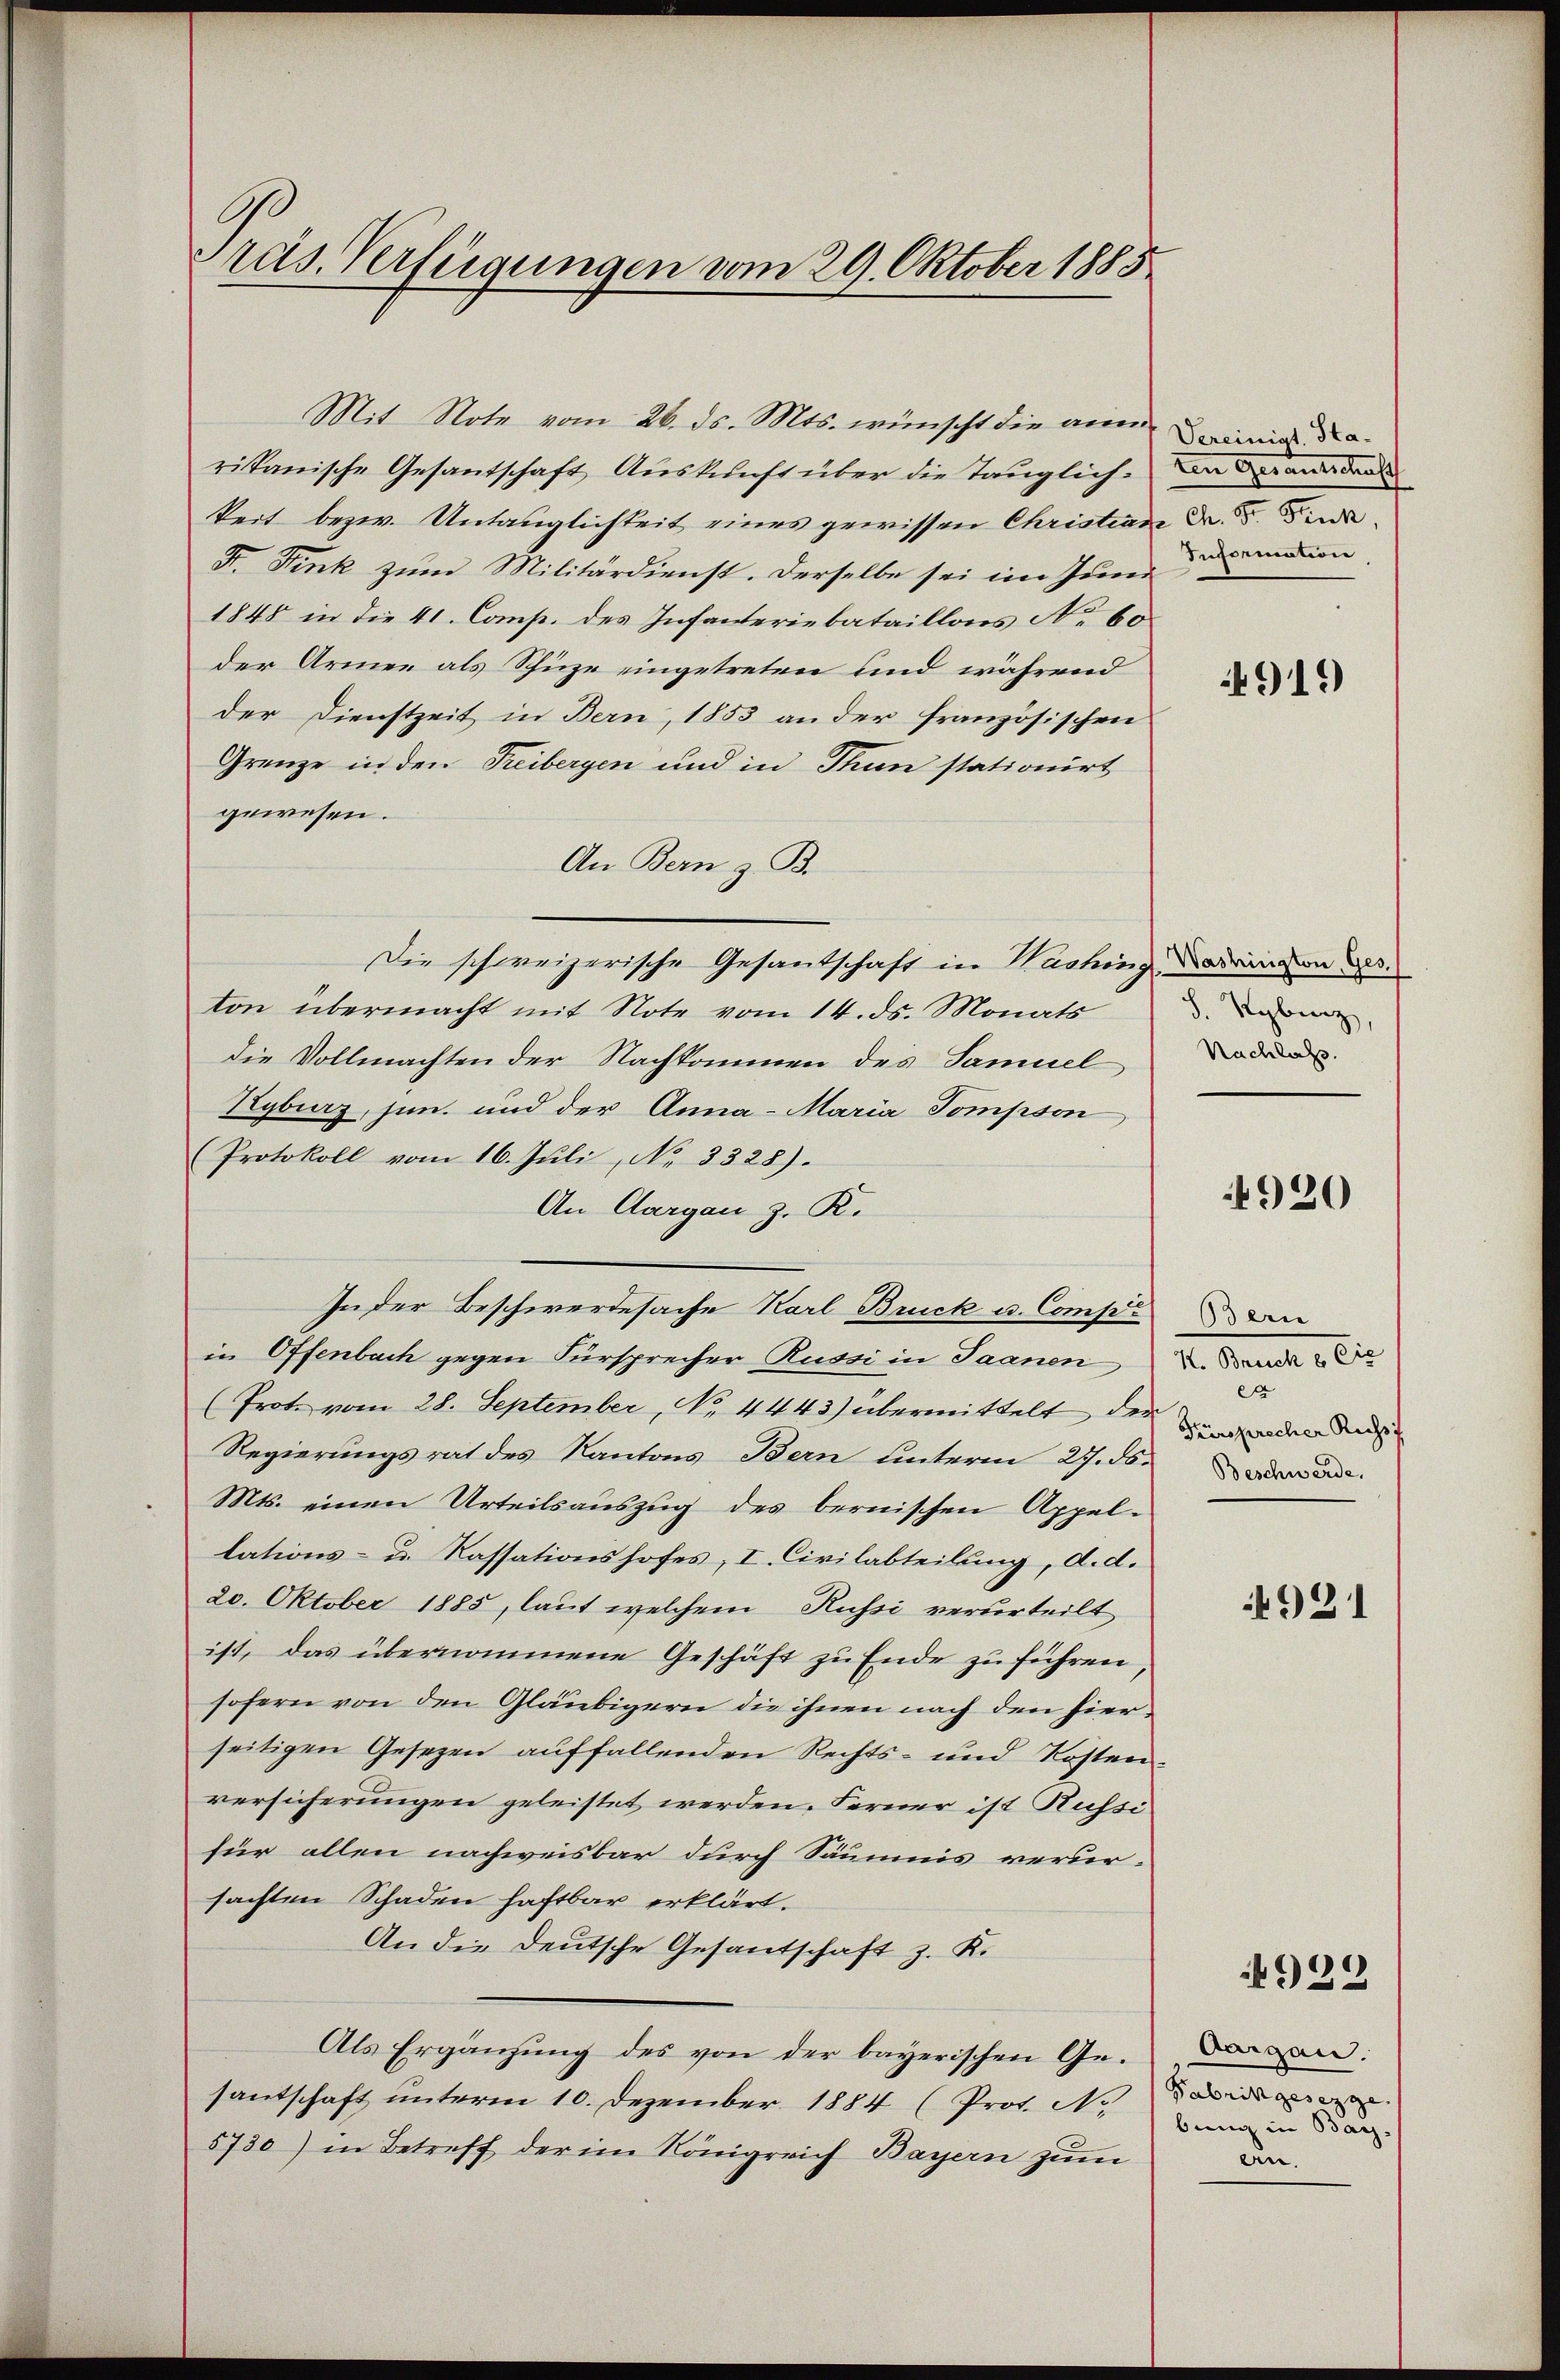
räs. Verfügungen vom 29. Oktober 1885

rikanische Gesantschaft Auskunft über die Tauglichkeit bezw. Untauglichkeit eines gewissen Christian Dr. S. Finde¬
F. Fink zum Militärdienst. Derselbe sei im Inner darin
1848 in die 41. Comp. des Infanteriebataillons No 60
der Armee als Schüze eingetreten und während
der Dienstzeit in Bern, 1853 an der französischen
Grenze in den Freibergen und in Thun stationirt
gewesen.
An Bern z. B.
Die schweizerische Gesandschaft in Washing
ton übermacht mit Note vom 14. ds. Monats
die Vollmachten der Nachkommen des Samuel
Rybuerz, jun. und der Anna - Maria Tompson
(Protokoll vom 16. Juli, No 3328).
An Aargau z. R.
in Offenbach gegen Fürsprecher Russi in Saanen
(Prote vom 28. September, No. 4443) übermittelt der und den der
Regierungsrat des Kantons Bern unterm 27. ds. even
Mts. einen Urteilsauszug des bernischen Appel-
lations- u. Kassationshofes, I. Civilabteilung, d. d.
20. Oktober 1885, laut welchem Russi verurteilt
ist, das übernommene Geschäft zu Ende zu führen
sofern von den Gläubigern die ihnen nach den hierseitigen Gesezen auffallenden Rechts- und Kosten
versicherungen geleistet werden. Ferner ist Russi
für allen nachweisbar durch Säumnis verur-
sachten Schaden haftbar erklärt.
An die Deutsche Gesantschaft z. K.
Als Ergänzung des von der bayerischen Georgen:
santschaft unterm 10. Dezember 1884 (Prot. No
5730) in Betreff der im Königreich Bayern zum

Mit Note vom 26. ds. Mts. wünscht die an in da

In der Beschwerdesache Karl Bruck u. Compan

ren Geranschaff

4919

Washington, Ges.
J. Rybinz,
Nachlaß.

4920

K. Bruck & Cie
ex

4921

4929

Fabrikgesezze
bung in Bay
an.